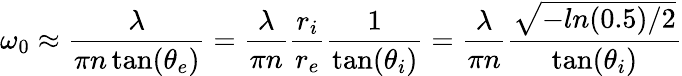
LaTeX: \omega_{0}\approx\frac{\lambda}{\pi n\tan(\theta_{e})}=\frac{\lambda}{\pi n}\frac{r_{i}}{r_{e}}\frac{1}{\tan(\theta_{i})}=\frac{\lambda}{\pi n}\frac{\sqrt{-ln(0.5)/2}}{\tan(\theta_{i})}